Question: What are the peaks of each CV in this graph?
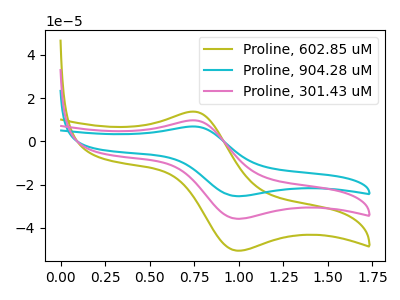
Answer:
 <answer>The olive curve "Proline, 602.85 uM" has an anodic peak at (0.75V, 13.75uA) and a cathodic peak at (1.00V, -50.50uA). The cyan curve "Proline, 904.28 uM" has an anodic peak at (0.75V, 19.50uA) and a cathodic peak at (1.00V, -71.50uA). The pink curve "Proline, 301.43 uM" has an anodic peak at (0.75V, 9.75uA) and a cathodic peak at (1.00V, -35.75uA).</answer>
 <eval></eval>